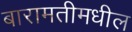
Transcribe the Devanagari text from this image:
बारामतीमधील